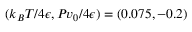
( k _ { B } T / 4 \epsilon , P v _ { 0 } / 4 \epsilon ) = ( 0 . 0 7 5 , - 0 . 2 )